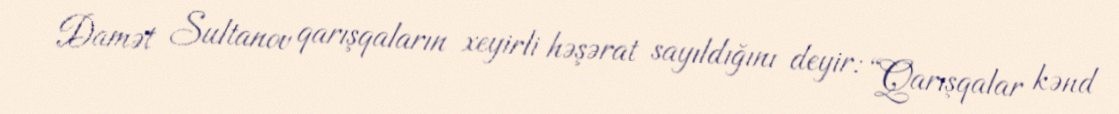
Damət Sultanov qarışqaların xeyirli həşərat sayıldığını deyir: “Qarışqalar kənd